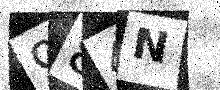
Text: 984N